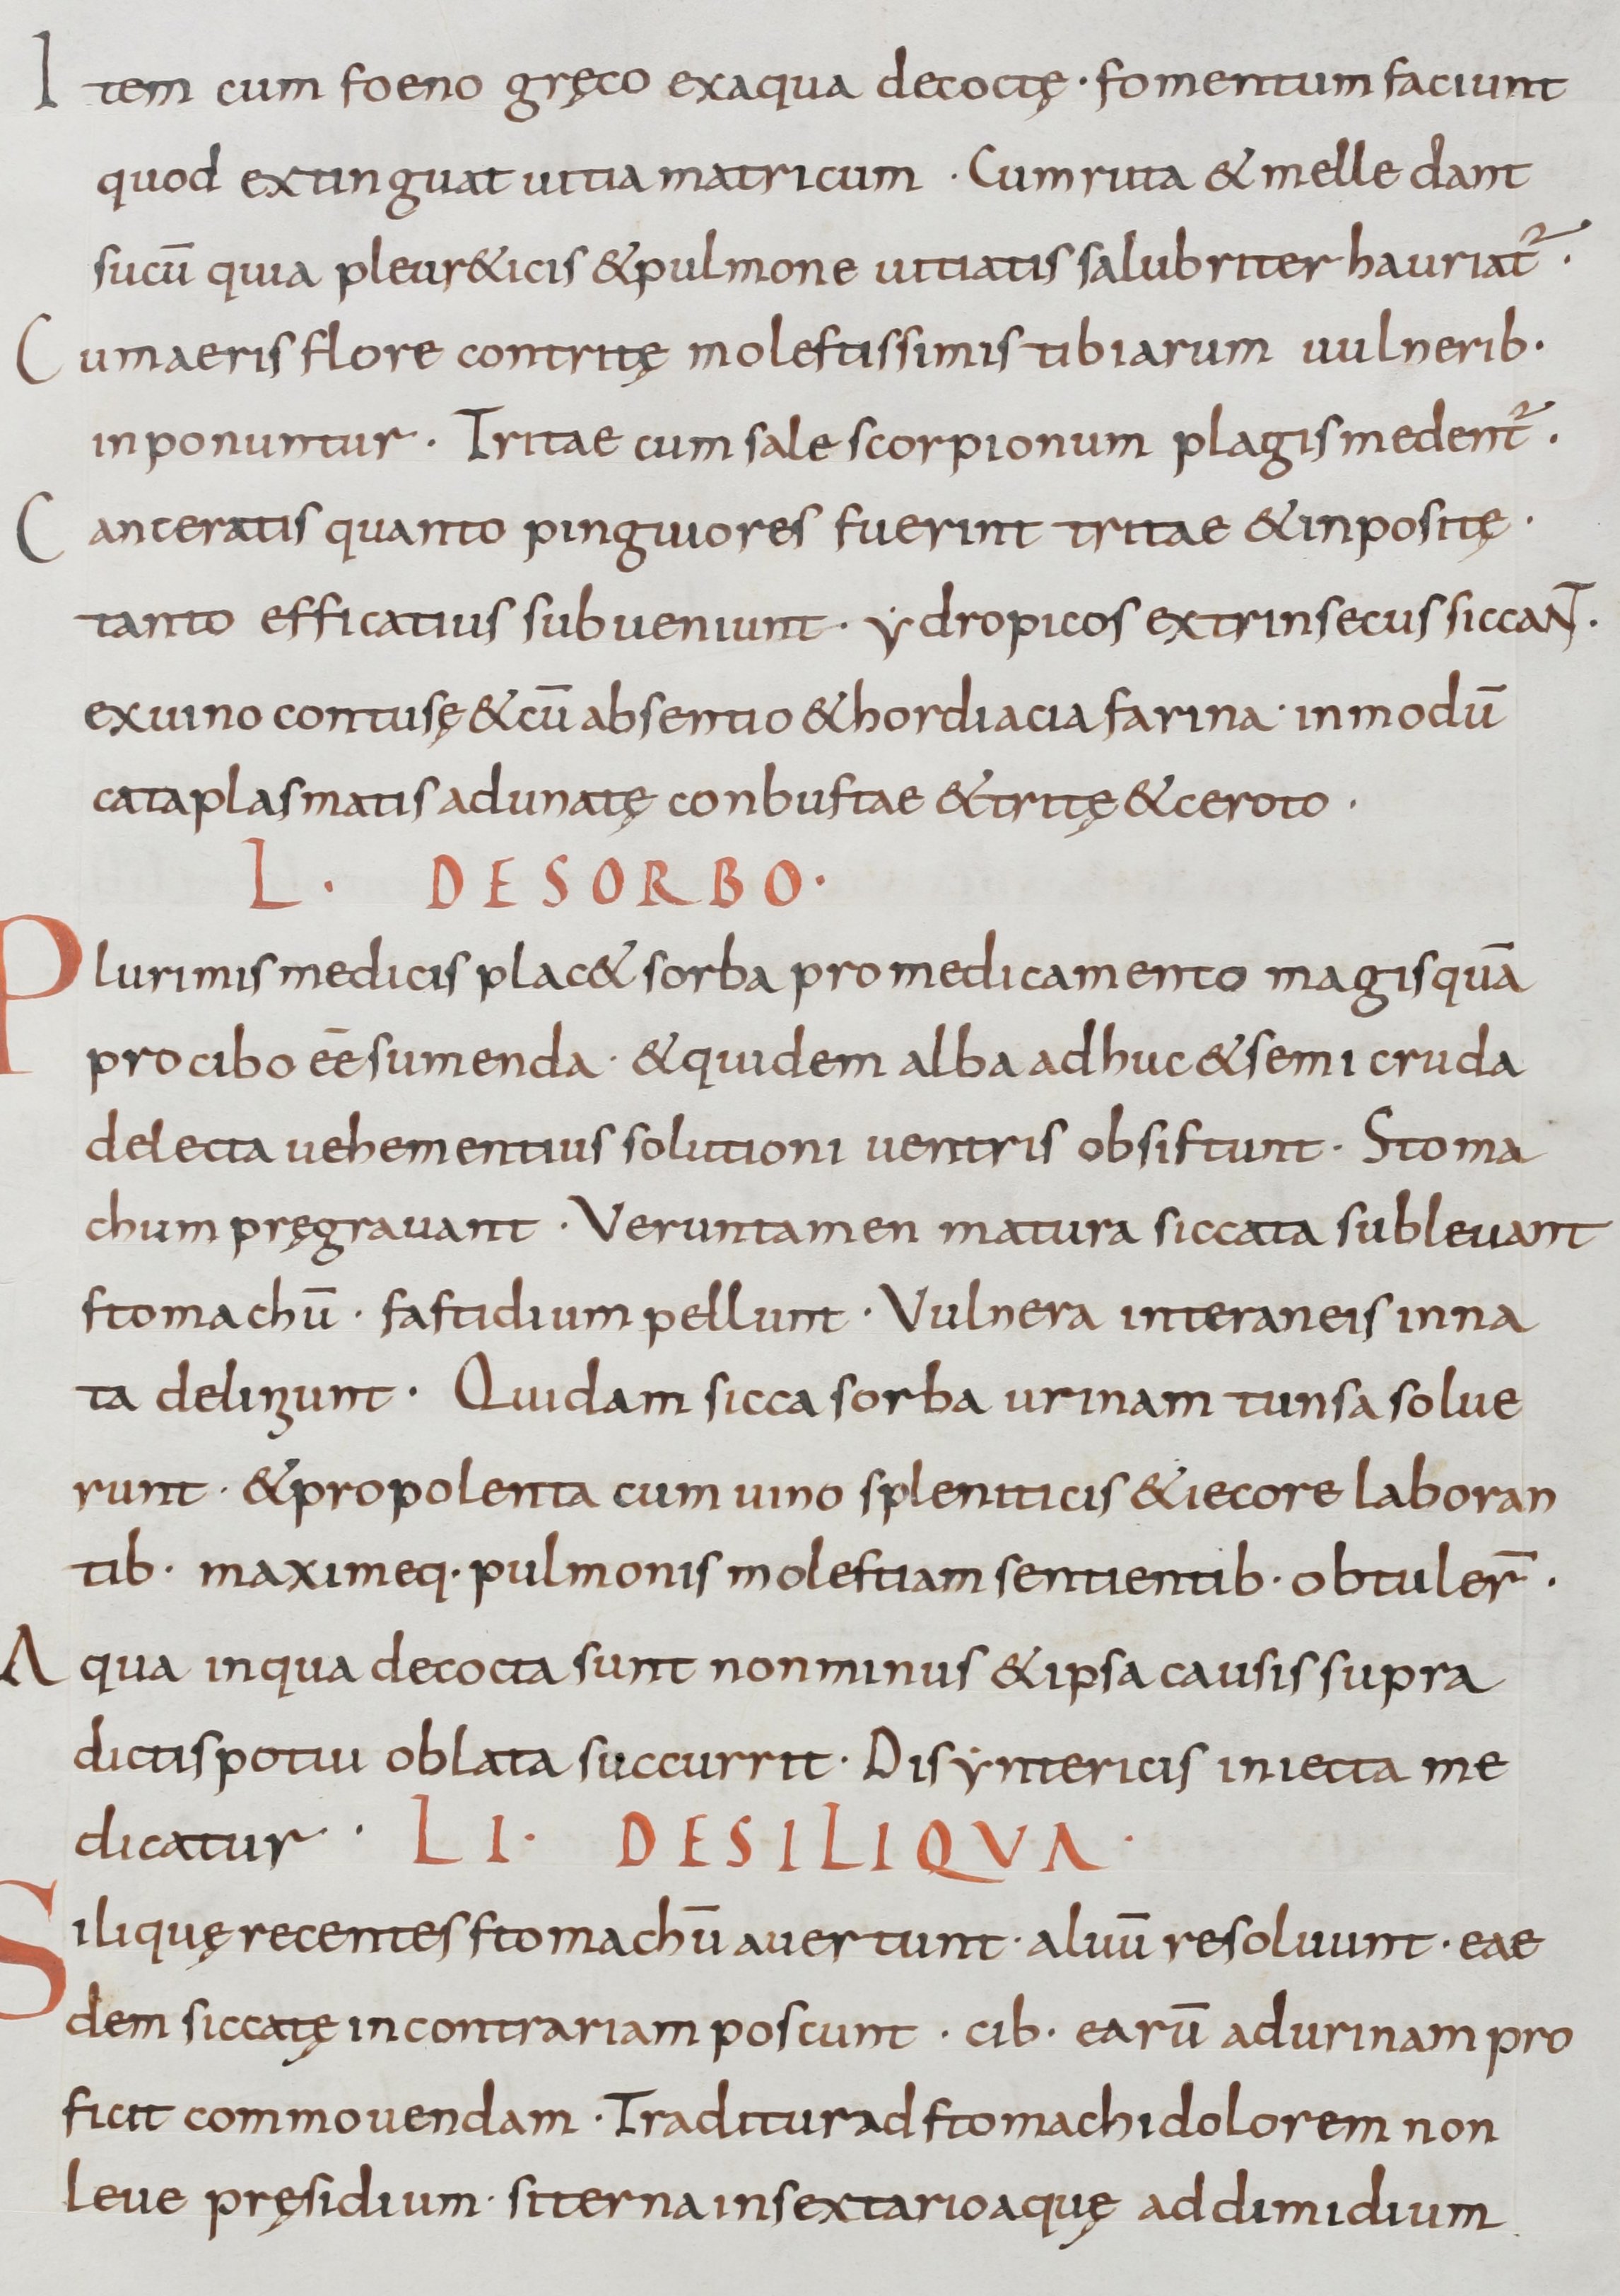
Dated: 900–1099